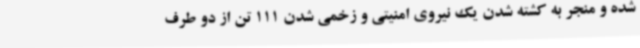
شده و منجر به کشته شدن یک نیروی امنیتی و زخمی شدن 111 تن از دو طرف